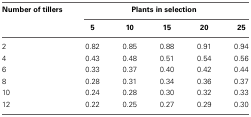
| Number of tillers | <COLSPAN=5> Plants in selection |
 |  | 5 | 10 | 15 | 20 | 25 |
 | --- | --- | --- | --- | --- | --- |
 | 2 | 0.82 | 0.85 | 0.88 | 0.91 | 0.94 |
 | 4 | 0.43 | 0.48 | 0.51 | 0.54 | 0.56 |
 | 6 | 0.33 | 0.37 | 0.40 | 0.42 | 0.44 |
 | 8 | 0.28 | 0.31 | 0.34 | 0.36 | 0.37 |
 | 10 | 0.24 | 0.28 | 0.30 | 0.32 | 0.33 |
 | 12 | 0.22 | 0.25 | 0.27 | 0.29 | 0.30 |